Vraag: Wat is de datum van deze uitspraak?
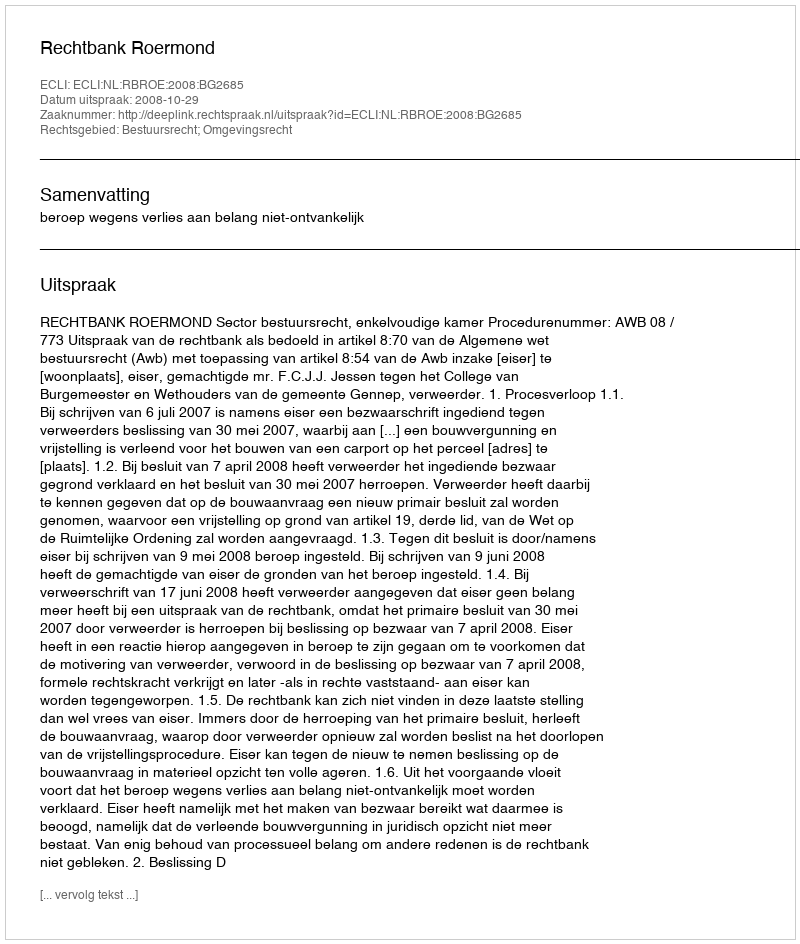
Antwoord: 2008-10-29